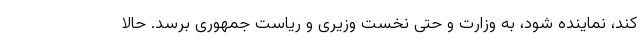
کند، نماینده شود، به وزارت و حتی نخست وزیری و ریاست جمهوری برسد. حالا